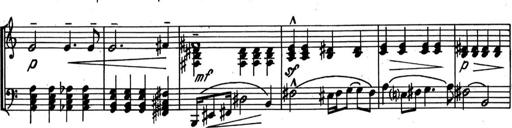
Title: Kleine Sonate
Composer: Raoul Koczalski
Key: C major